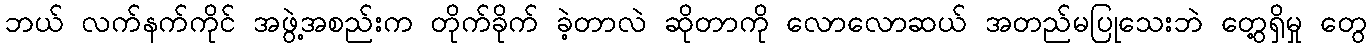
ဘယ် လက်နက်ကိုင် အဖွဲ့အစည်းက တိုက်ခိုက် ခဲ့တာလဲ ဆိုတာကို လောလောဆယ် အတည်မပြုသေးဘဲ တွေ့ရှိမှု တွေ